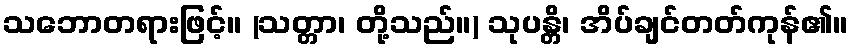
သဘောတရားဖြင့်။ (သတ္တာ၊ တို့သည်။) သုပန္တိ၊ အိပ်ချင်တတ်ကုန်၏။